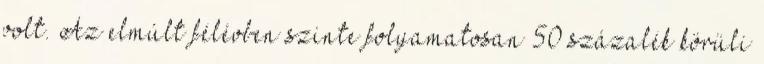
volt. Az elmúlt félévben szinte folyamatosan 50 százalék körüli